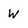
Character: w